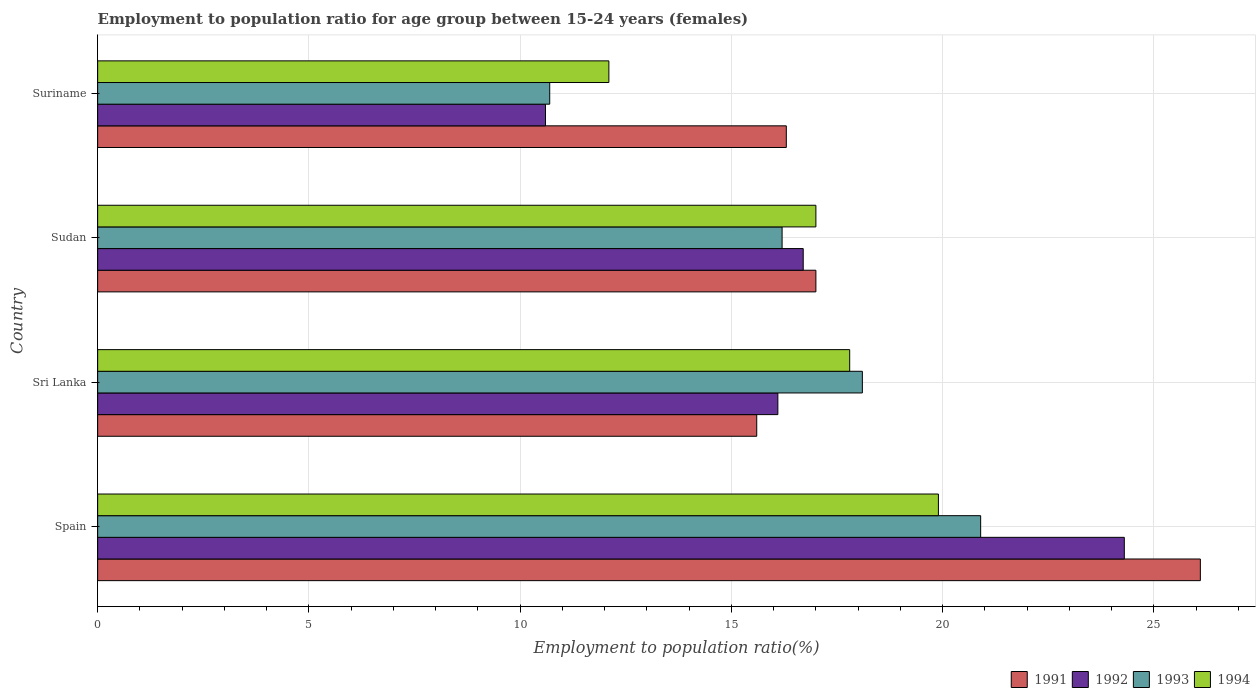
| Country | 1991 | 1992 | 1993 | 1994 |
 | --- | --- | --- | --- | --- |
 | Spain | 26.1 | 24.3 | 20.9 | 19.9 |
 | Sri Lanka | 15.6 | 16.1 | 18.1 | 17.8 |
 | Sudan | 17 | 16.7 | 16.2 | 17 |
 | Suriname | 16.3 | 10.6 | 10.7 | 12.1 |